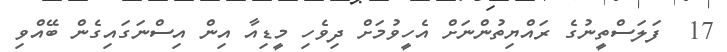
17  ފަލަސްތީނުގެ ރައްޔިތުންނަށް އެހީވުމަށް ދިވެހި މީޑިއާ އިން އިސްނަގައިގެން ބޭއްވި